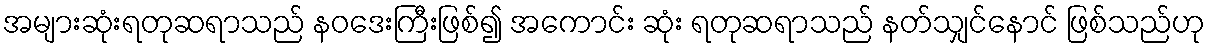
အများဆုံးရတုဆရာသည် နဝဒေးကြီးဖြစ်၍ အကောင်း ဆုံး ရတုဆရာသည် နတ်သျှင်နောင် ဖြစ်သည်ဟု